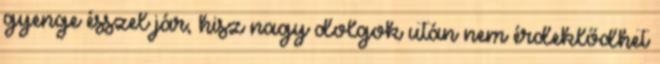
gyenge ésszel jár, hisz nagy dolgok után nem érdeklődhet